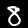
Digit: 8